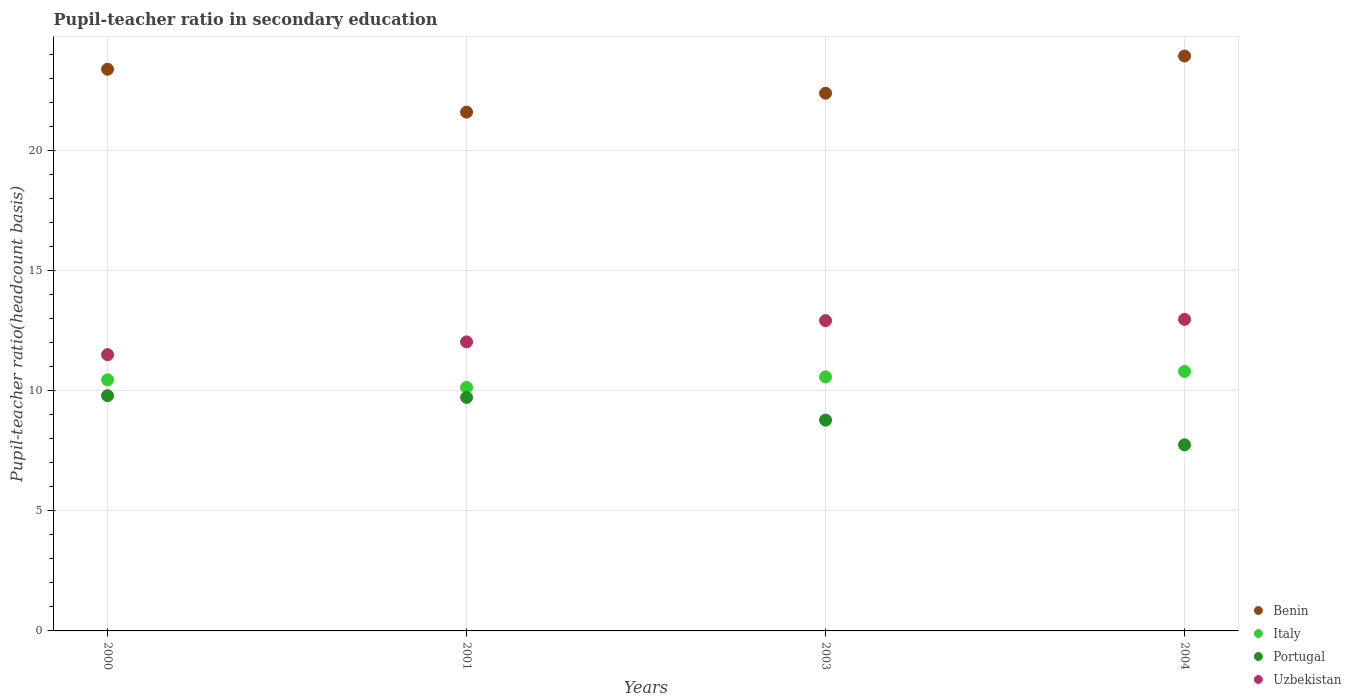
| Years | Benin | Italy | Portugal | Uzbekistan |
 | --- | --- | --- | --- | --- |
 | 2000 | 23.4 | 10.5 | 9.79 | 11.5 |
 | 2001 | 21.6 | 10.1 | 9.72 | 12 |
 | 2003 | 22.4 | 10.6 | 8.78 | 12.9 |
 | 2004 | 23.9 | 10.8 | 7.75 | 13 |